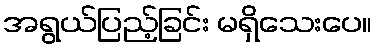
အရွယ်ပြည့်ခြင်း မရှိသေးပေ။